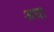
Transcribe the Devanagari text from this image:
अधा